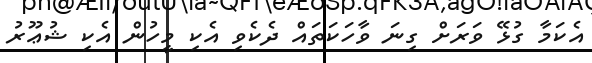
އެކަމާ ގުޅޭ ވަރަށް ގިނަ ވާހަކަތައް ދެކެވި އެކި މީހުން އެކި ޝުޢޫރު